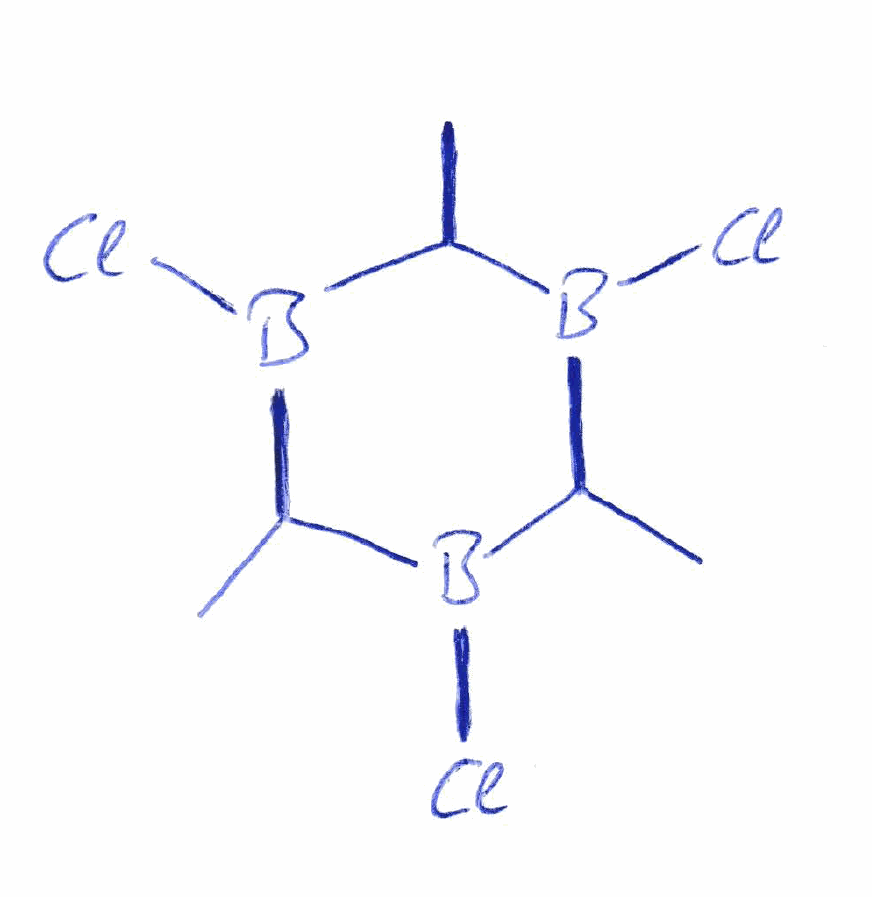
Simplified molecular-input line-entry system (SMILES) notation of the given molecule:
B1(C(B(C(B(C1C)Cl)C)Cl)C)Cl